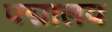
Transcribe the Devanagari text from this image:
पद्मालय